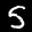
Label: 5